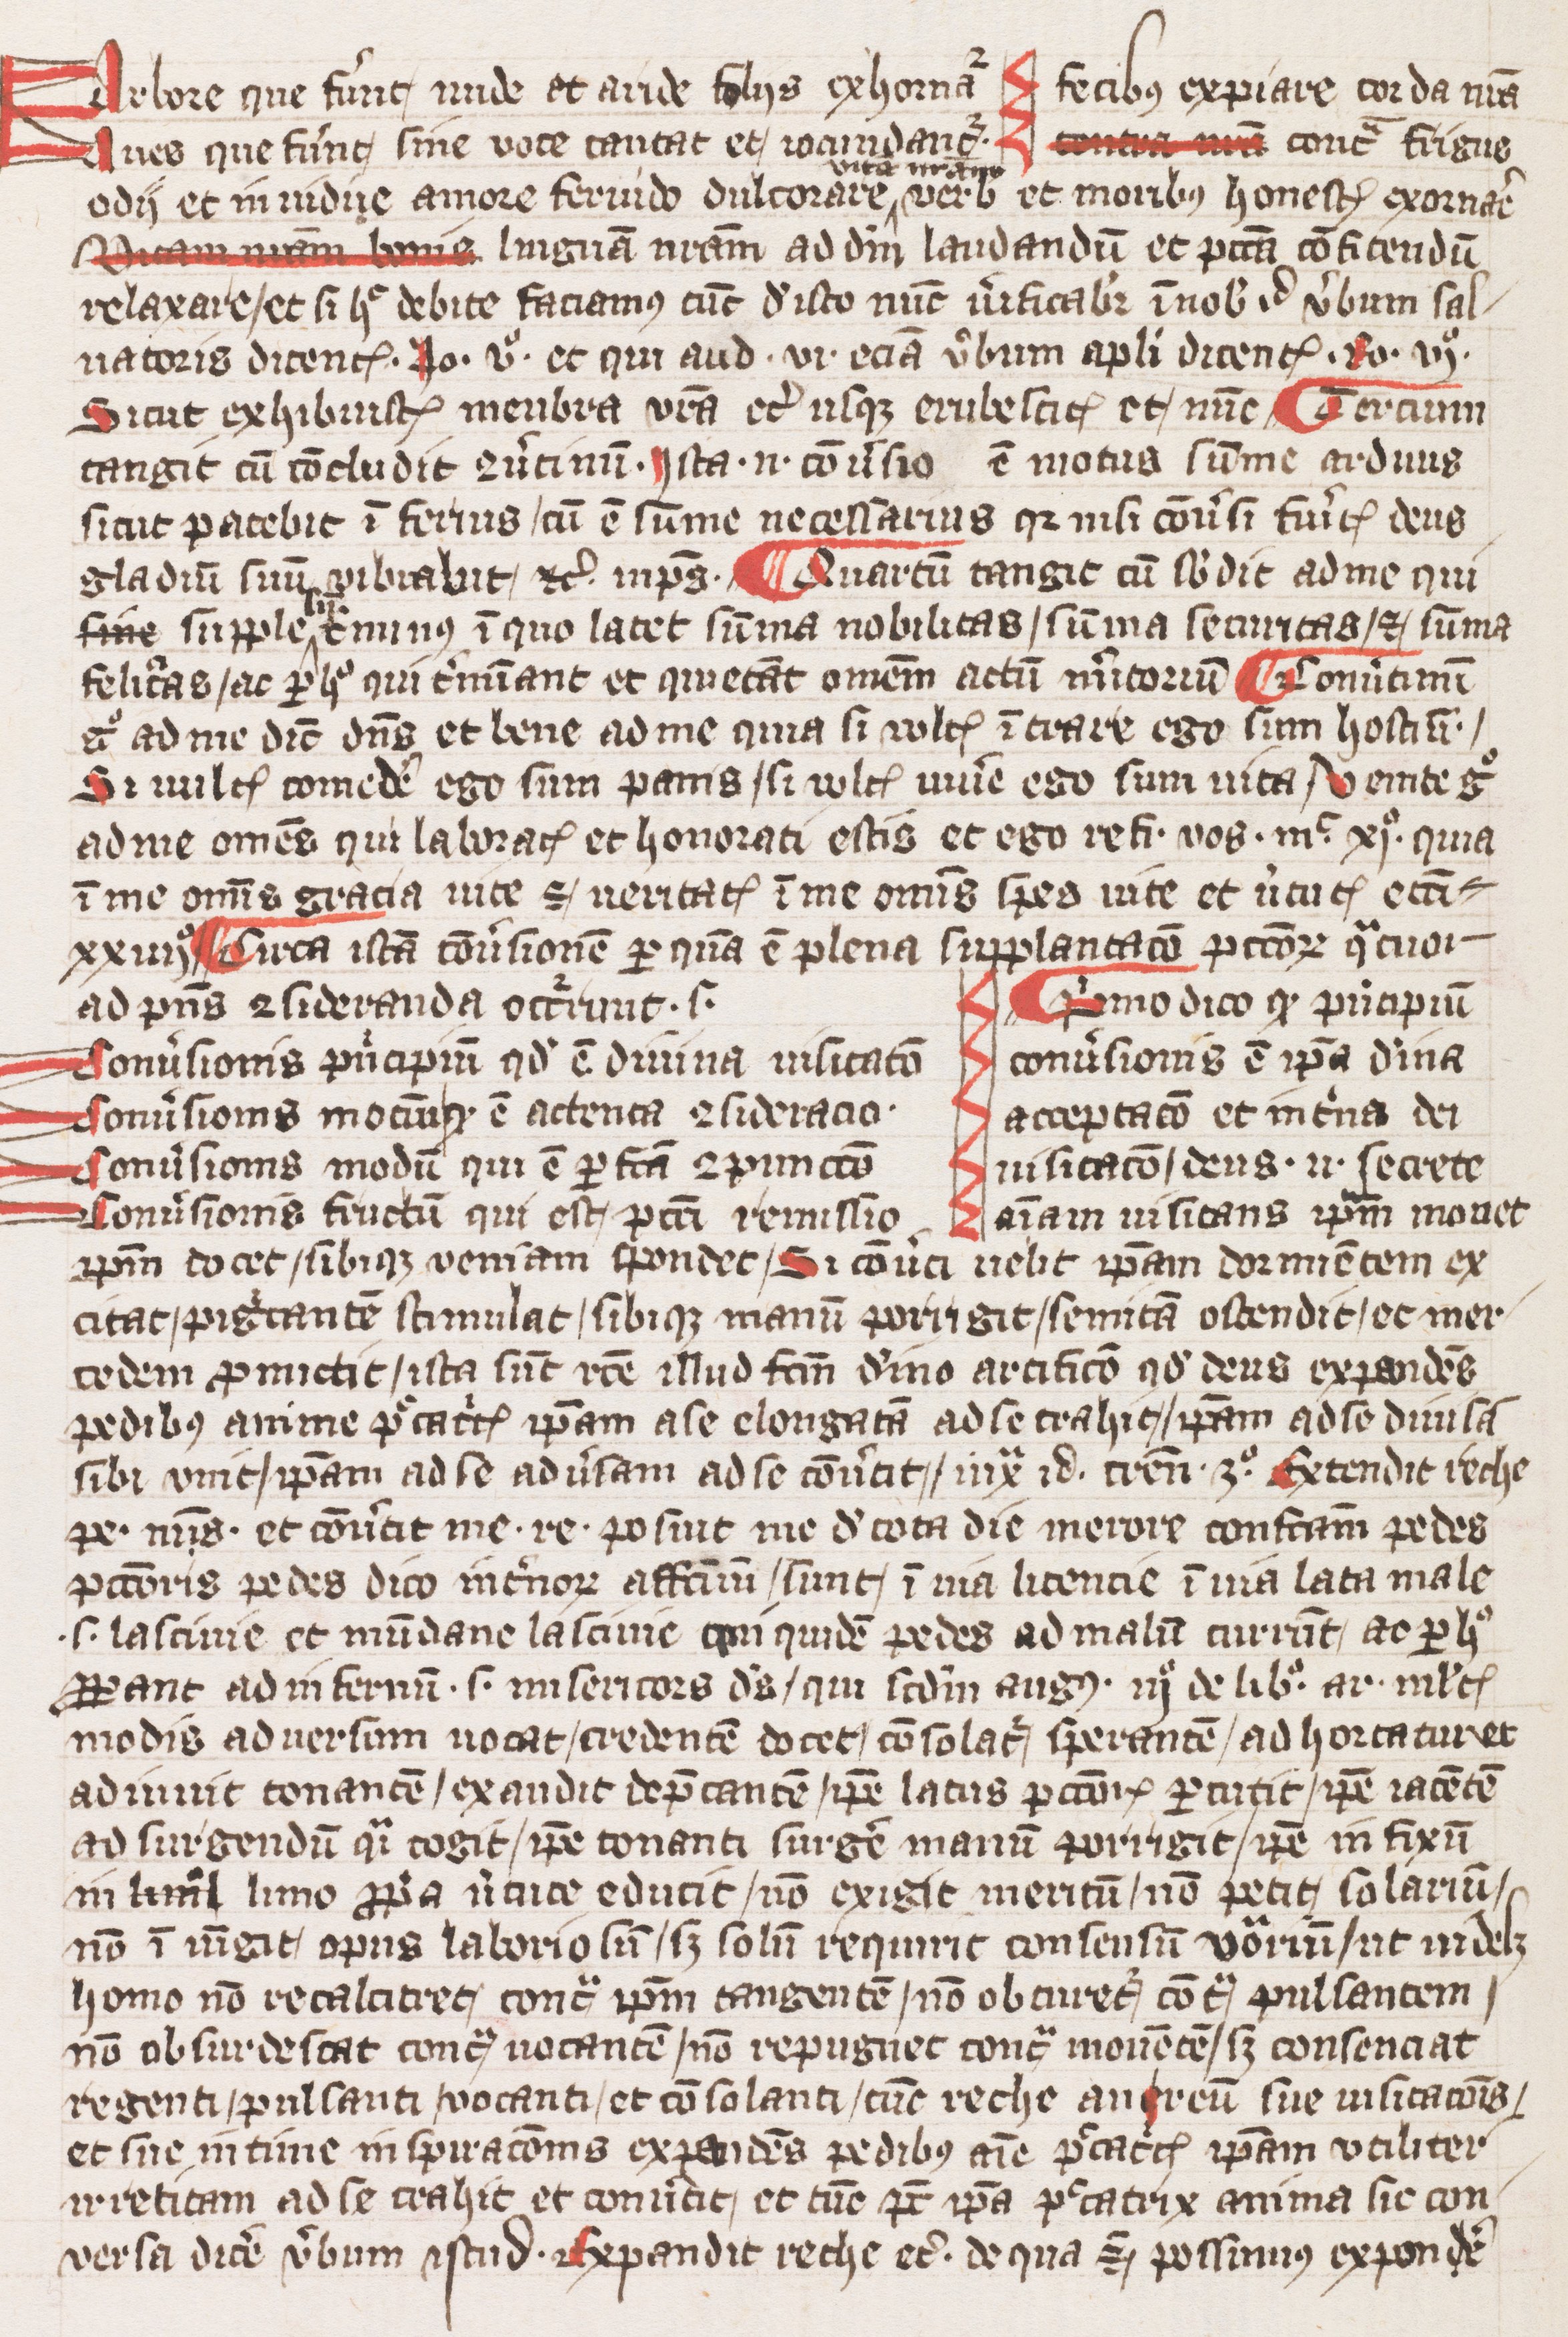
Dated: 1393–1393